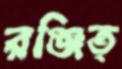
রঞ্জিত্